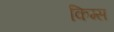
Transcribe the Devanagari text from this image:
किग्स